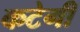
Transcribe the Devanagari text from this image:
कटेगी